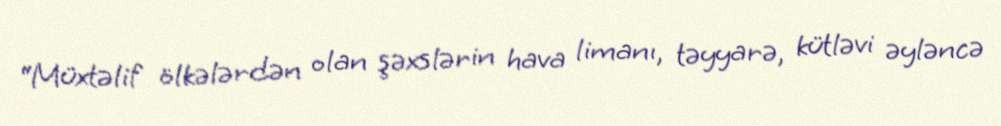
“Müxtəlif ölkələrdən olan şəxslərin hava limanı, təyyarə, kütləvi əyləncə